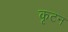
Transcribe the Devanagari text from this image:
कृटन